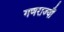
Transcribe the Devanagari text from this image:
गणराज्यौं